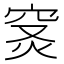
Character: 𥥦